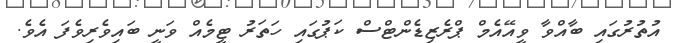
އުތުރުގައި ބާއްވާ ވީއޭއެމް ޕްރެޒިޑެންޓްސް ކަޕުގައި ހަތަރު ޓީމެއް ވަނީ ބައިވެރިވެފަ އެވެ.